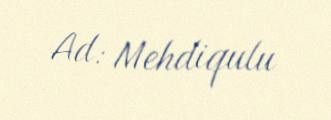
Ad: Mehdiqulu